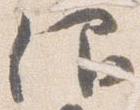
仰